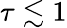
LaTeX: \tau\lesssim 1